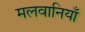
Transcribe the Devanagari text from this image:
मलवानियाँ